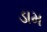
ડામ